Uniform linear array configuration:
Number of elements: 24
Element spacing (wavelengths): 0.75
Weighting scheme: blackman
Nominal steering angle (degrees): -45
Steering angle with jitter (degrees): -43.987
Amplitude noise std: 0.05
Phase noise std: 0.05

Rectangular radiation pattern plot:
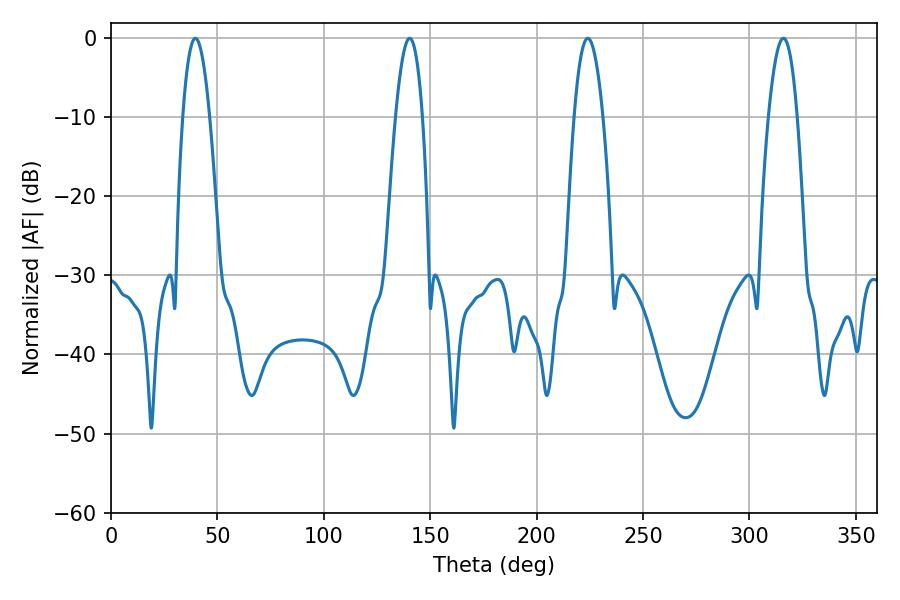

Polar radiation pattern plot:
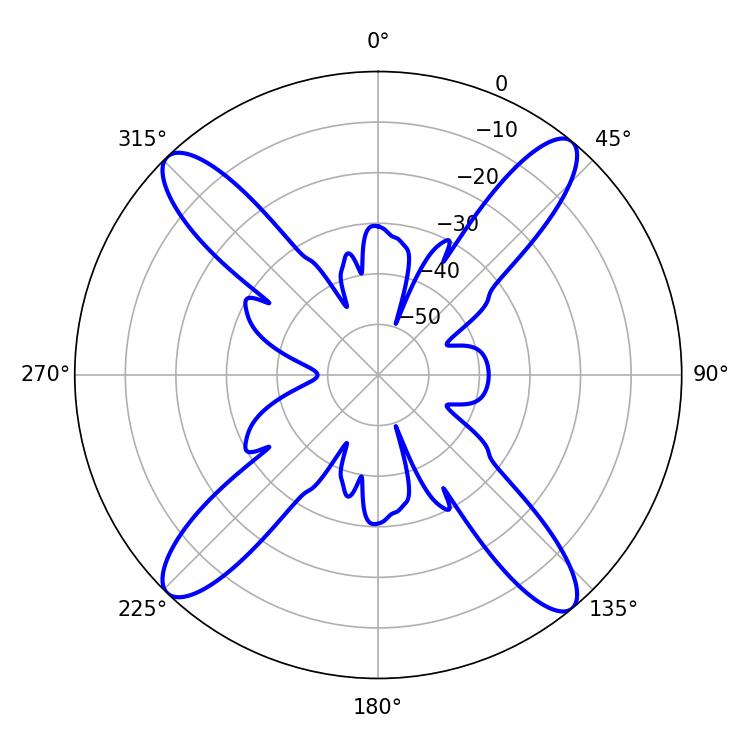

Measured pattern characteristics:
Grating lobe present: TRUE
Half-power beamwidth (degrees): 6.84
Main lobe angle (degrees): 39.6